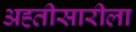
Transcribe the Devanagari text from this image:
अह्तीसारीला